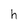
Character: h